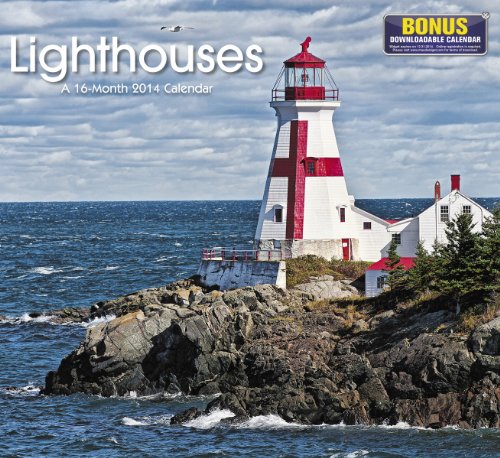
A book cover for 2014 Lighthouses Wall Calendar; Non-Licensed Mead; Calendars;